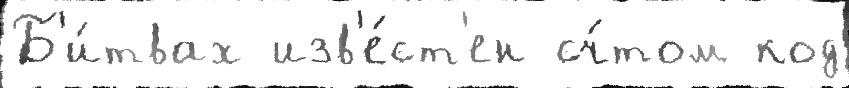
Б'и́твах изв'е́ст'ен сч́том код